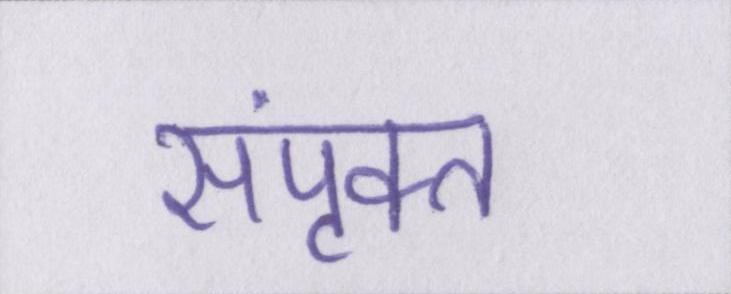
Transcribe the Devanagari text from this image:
संपृक्त